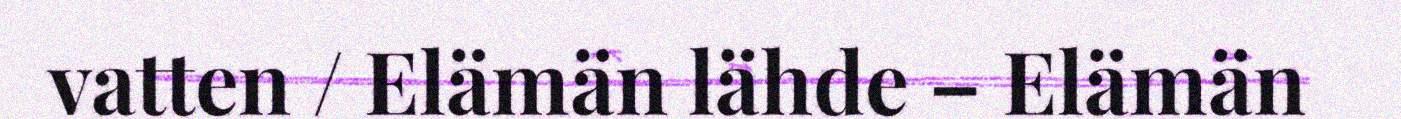
vatten / Elämän lähde – Elämän